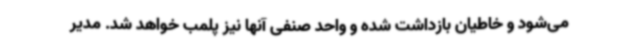
می‌شود و خاطیان بازداشت شده و واحد صنفی آنها نیز پلمب خواهد شد. مدیر